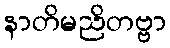
နာတိမညိတဗ္ဗာ